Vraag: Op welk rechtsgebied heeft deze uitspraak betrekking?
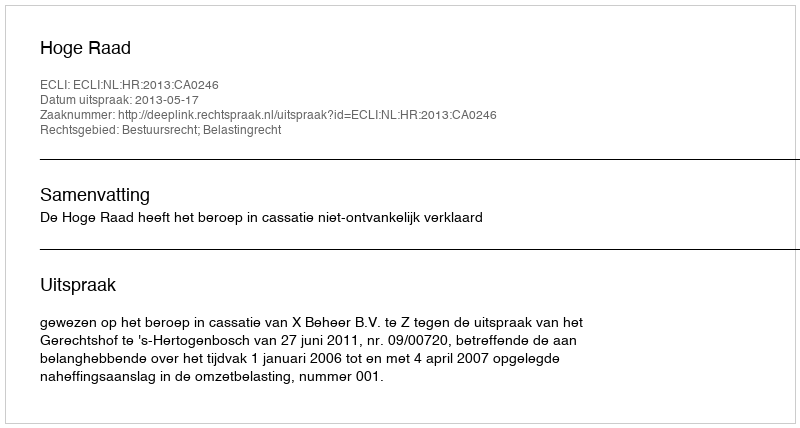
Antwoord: Bestuursrecht; Belastingrecht